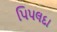
પિપલદા